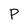
Character: P